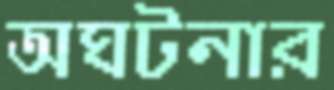
অঘটনার